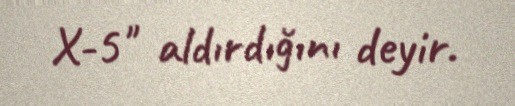
X-5" aldırdığını deyir.